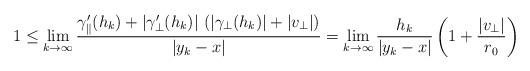
LaTeX: \begin{align*}1 \le \lim_{k\to \infty} \frac{ \gamma_{\parallel}'(h_k) + |\gamma_\perp'(h_k)| \ (|\gamma_\perp(h_k)| + |v_\perp|)}{|y_k-x|}= \lim_{k\to \infty} \frac {h_k}{|y_k-x|} \left( 1 + \frac {|v_\perp|}{r_0}\right)\end{align*}